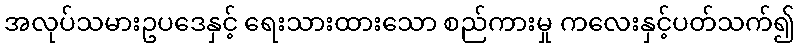
အလုပ်သမားဥပဒေနှင့် ရေးသားထားသော စည်ကားမှု ကလေးနှင့်ပတ်သက်၍